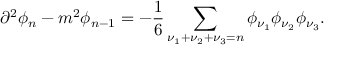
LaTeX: \partial ^ { 2 } \phi _ { n } - m ^ { 2 } \phi _ { n - 1 } = - \frac { 1 } { 6 } \sum _ { \nu _ { 1 } + \nu _ { 2 } + \nu _ { 3 } = n } \phi _ { \nu _ { 1 } } \phi _ { \nu _ { 2 } } \phi _ { \nu _ { 3 } } .